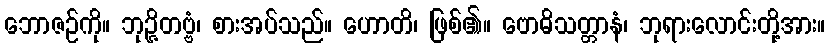
ဘောဇဉ်ကို။ ဘုဉ္ဇိတဗ္ဗံ၊ စားအပ်သည်။ ဟောတိ၊ ဖြစ်၏။ ဗောဓိသတ္တာနံ၊ ဘုရားလောင်းတို့အား။